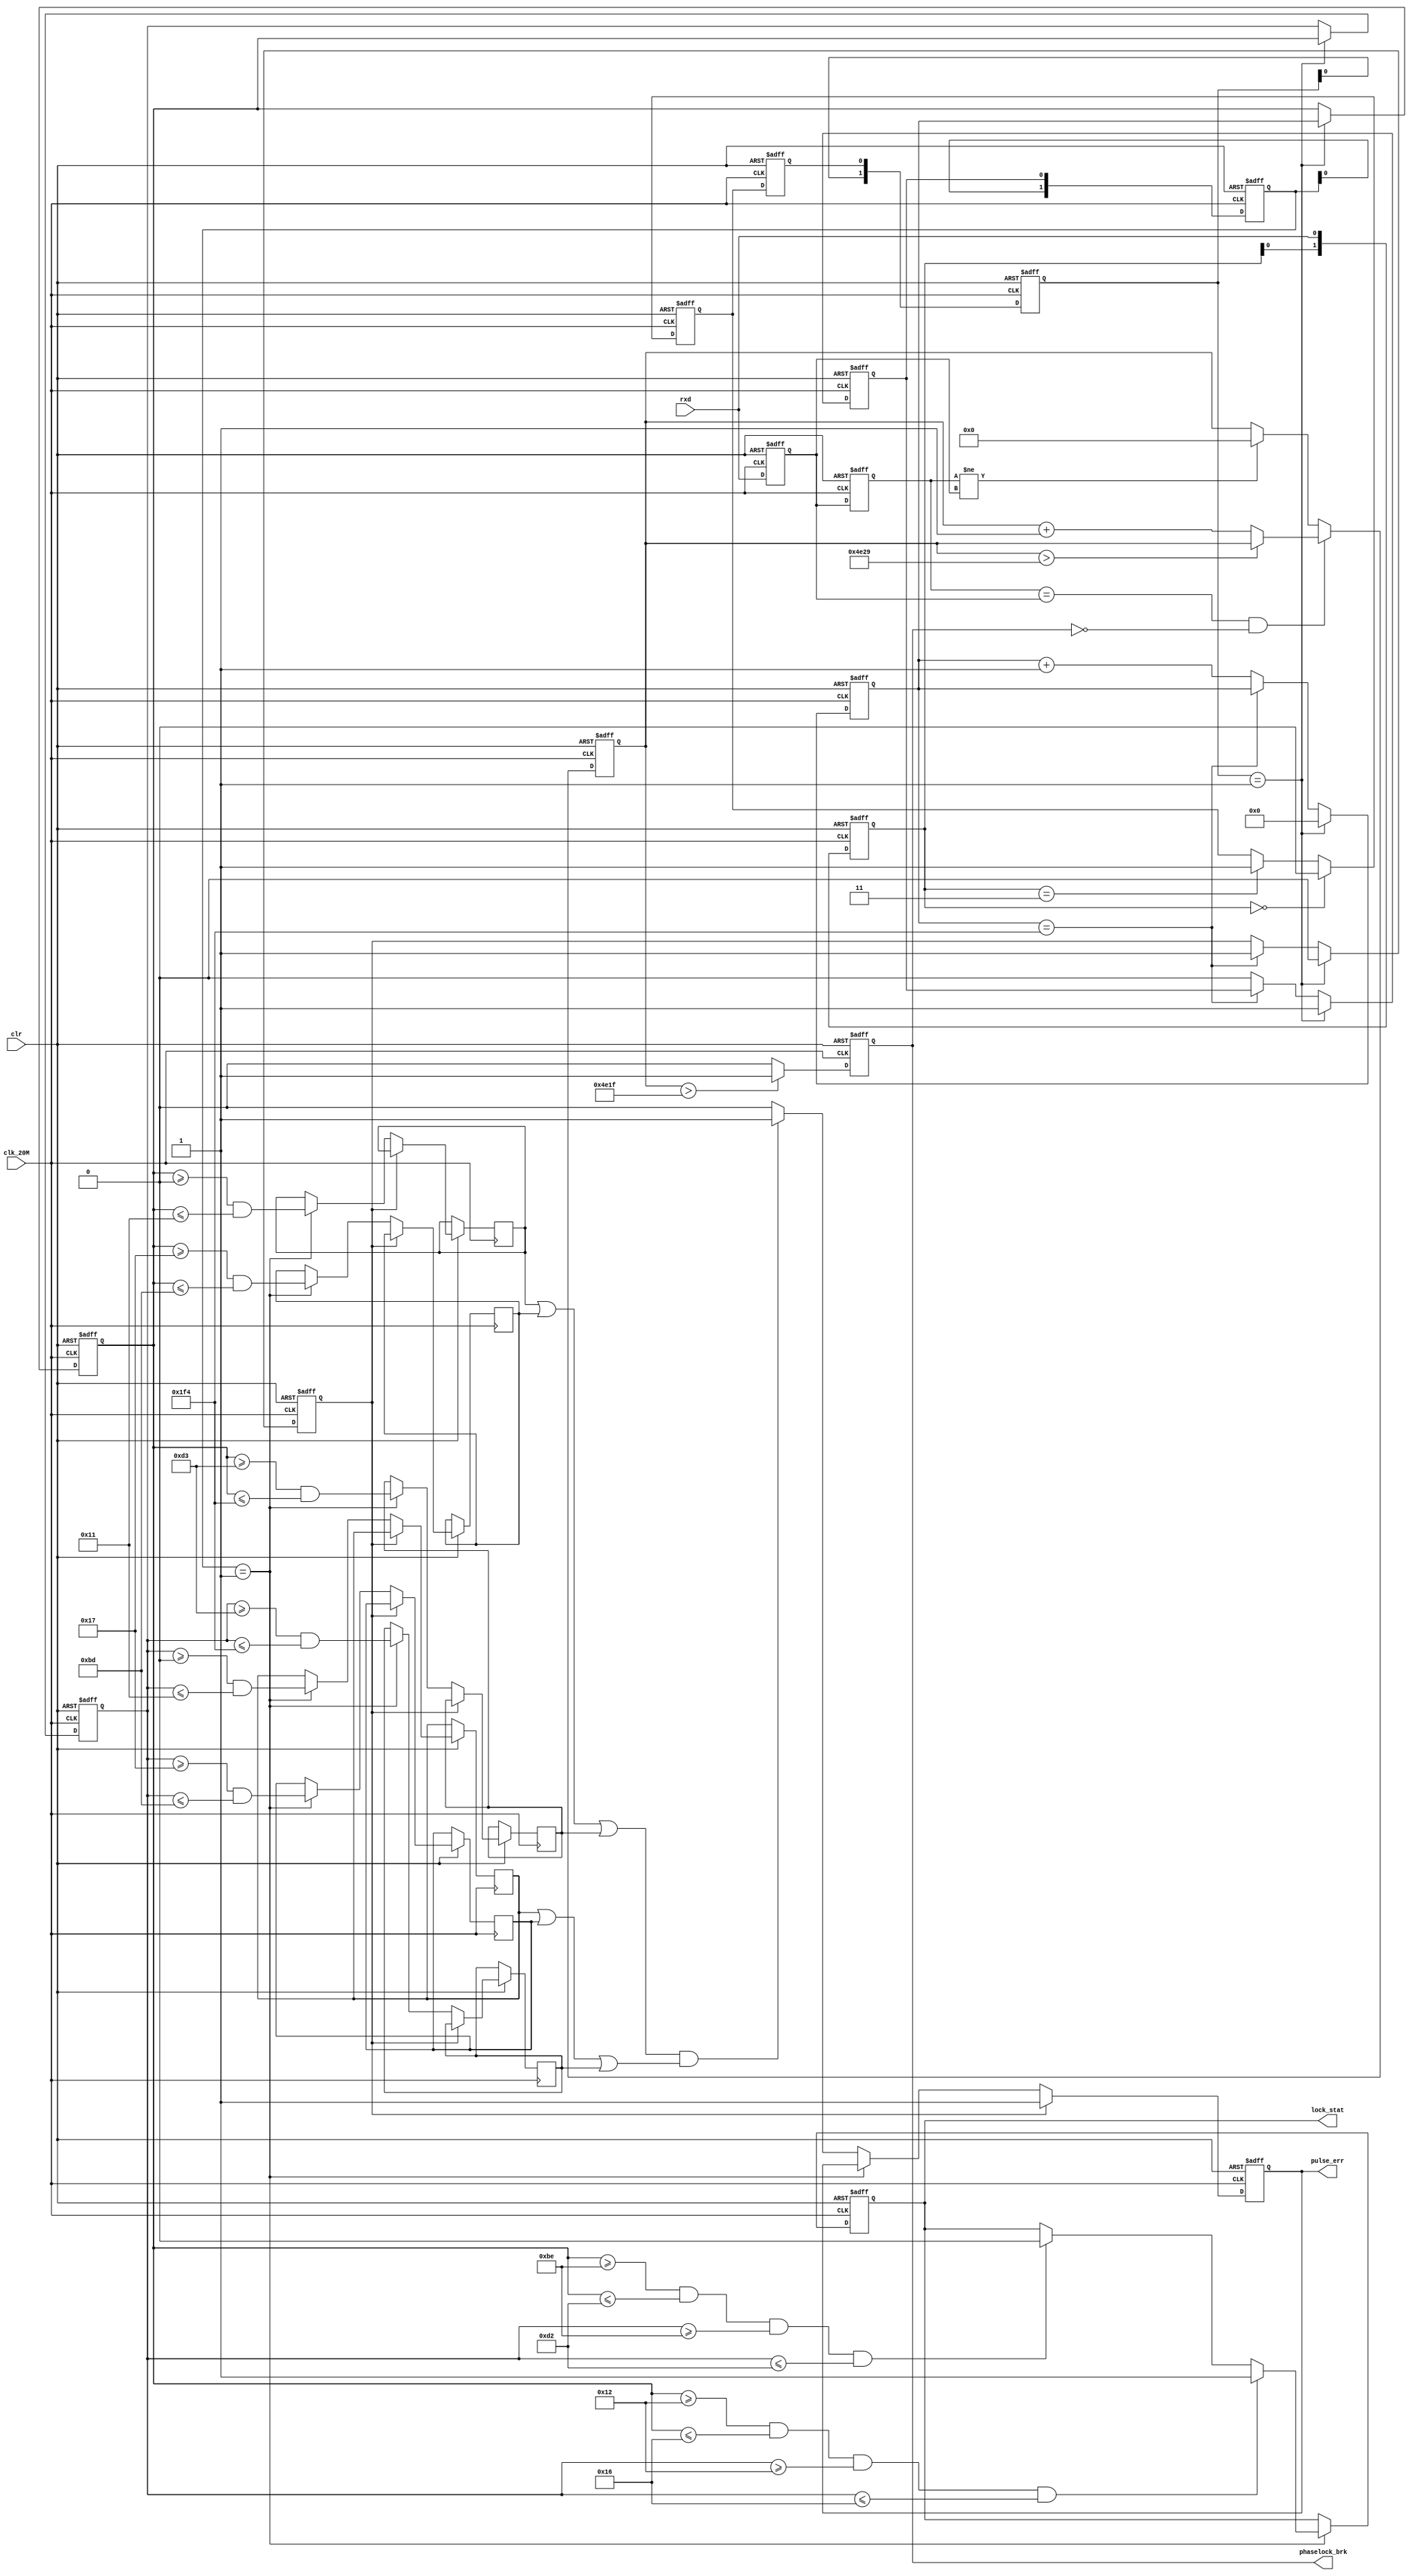
`timescale 1ns / 1ps
//////////////////////////////////////////////////////////////////////////////////
// Company: 
// Engineer: 
// 
// Design Name: 
// Module Name:    rxd_freq 
// Project Name: 
// Target Devices: 
// Tool versions: 
// Description: 
//
// Dependencies: 
//
// Revision: 
// Revision 0.01 - File Created
// Additional Comments: 
//
//////////////////////////////////////////////////////////////////////////////////
module rxd_freq(
					input clk_20M,
					input clr,
					input rxd,
					output reg lock_stat,//1M1
					output reg pulse_err,//1M100k
					output reg phaselock_brk//
);
//
parameter NUM_CNT_MAX = 9'd500;
parameter NUM_CNT_MIN = 9'd0;
//1Mclk_20M1m20clk_20M10%
parameter NUM_1M_L = 9'd18;
parameter NUM_1M_H = 9'd22;
//100Kclk_20M100K200clk_20M5%
parameter NUM_100K_L = 9'd190;
parameter NUM_100K_H = 9'd210;

parameter NUM_BRK = 19999;//1ms

reg [2:0]Samp_reg;
reg rxd_temp;
reg data_reg;

reg [1:0]rxd_reg;
reg [8:0]cnt1;//51120M
reg [8:0]cnt1_reg[1:0];//
reg sig_dec;//
reg sig_overflow;//

reg phaselock_reg;
reg phaselock_reg_reg;
reg [15:0] cnt3;
//*****************************************//
wire rxd_low = ( Samp_reg[1:0] == 2'b00 );
wire rxd_high = ( Samp_reg[1:0] == 2'b11 );

always @ ( negedge clr or posedge clk_20M )
begin
	if ( !clr ) begin
		rxd_temp <= 1'b1;
		Samp_reg <= 3'b111;
		data_reg <= 1'b1;
	end
	else begin
		Samp_reg <= { Samp_reg[1:0] , rxd };
		if ( rxd_low )
			rxd_temp <= 1'b0;
		else if ( rxd_high )
			rxd_temp <= 1'b1;
		else
			rxd_temp <= rxd_temp;
		data_reg <= rxd_temp;
	end
end
//*************************************//
always @ ( negedge clr or posedge clk_20M )
begin
	if ( !clr )
		rxd_reg <= 2'b00;
	else
		rxd_reg <= { rxd_reg[0] , data_reg };
end

always @ ( negedge clr or posedge clk_20M )
begin
	if ( !clr )begin
		cnt1 <= 9'b0;
		sig_dec <= 1'b0;
		sig_overflow <= 1'b0;
		cnt1_reg[0] <= 9'd0;
		cnt1_reg[1] <= 9'd0;
	end
	else if ( rxd_reg == 2'b01 )begin
		cnt1_reg[0] <= cnt1;
		cnt1_reg[1] <= cnt1_reg[0];
		cnt1 <= 9'd0;
		sig_dec <= 1'b1;
		sig_overflow <= 1'b0;
	end
	else if ( cnt1 == NUM_CNT_MAX )begin
		cnt1 <= cnt1;
		sig_overflow <= 1'b1;
	end
	else begin
		cnt1 <= cnt1 + 9'd1;
		sig_dec <= 1'b0;
		sig_overflow <= sig_overflow;
	end
end
//------------------------------------
reg [1:0]sig_dec_reg;//
reg sig_log1,sig_log2,sig_log3,sig_log4,sig_log5,sig_log6;//
always @ ( negedge clr or posedge clk_20M )
begin
	if ( !clr )begin
		lock_stat <= 1'b0;
		pulse_err <= 1'b0;
		sig_dec_reg <= 2'b0;
	end
	else begin
		sig_dec_reg <= {sig_dec_reg[0],sig_dec};
		
		if (sig_dec_reg == 2'b01)begin
			if ( ( cnt1_reg[0] >= NUM_1M_L ) && ( cnt1_reg[0] <= NUM_1M_H ) && ( cnt1_reg[1] >= NUM_1M_L ) && ( cnt1_reg[1] <= NUM_1M_H ) )
				lock_stat <= 1'b1;//
			else if ( ( cnt1_reg[0] >= NUM_100K_L ) && ( cnt1_reg[0] <= NUM_100K_H ) && ( cnt1_reg[1] >= NUM_100K_L ) && ( cnt1_reg[1] <= NUM_100K_H ) )
				lock_stat <= 1'b0;//
			else
				lock_stat <= lock_stat;
		end
		else
			lock_stat <= lock_stat;
			
		if (sig_overflow)begin
			pulse_err <= 1'b1;
		end
		else if (sig_dec_reg == 2'b01)begin
			sig_log1 <= (cnt1_reg[0] >= NUM_CNT_MIN)&&(cnt1_reg[0] <= (NUM_1M_L-9'd1));
			sig_log2 <= (cnt1_reg[0] >= (NUM_1M_H+9'd1))&&(cnt1_reg[0] <= (NUM_100K_L-9'd1));
			sig_log3 <= (cnt1_reg[0] >= (NUM_100K_H+9'd1))&&(cnt1_reg[0] <= (NUM_CNT_MAX));
			sig_log4 <= (cnt1_reg[1] >= NUM_CNT_MIN)&&(cnt1_reg[1] <= (NUM_1M_L-9'd1));
			sig_log5 <= (cnt1_reg[1] >= (NUM_1M_H+9'd1))&&(cnt1_reg[1] <= (NUM_100K_L-9'd1));
			sig_log6 <= (cnt1_reg[1] >= (NUM_100K_H+9'd1))&&(cnt1_reg[1] <= (NUM_CNT_MAX));
		end
		else begin
			if ((sig_log1|sig_log2|sig_log3) & (sig_log4|sig_log5|sig_log6))
				pulse_err <= 1'b1;
			else
				pulse_err <= 1'b0;
		end
	end
end
//----------------------------------
//------------------------------------
always @ (posedge clk_20M or negedge clr)
begin
	if(!clr) begin
		phaselock_reg <= 1'b0;
		phaselock_reg_reg	<= 1'b0;
	end
	else begin
		phaselock_reg <= rxd;//
		phaselock_reg_reg	<= phaselock_reg;
	end
end
//---------------------------------------
always @ (posedge clk_20M or negedge clr)
begin
	if(!clr) cnt3 <= 16'h0;
	else if((phaselock_reg_reg == phaselock_reg) && (phaselock_brk == 1'b0)) begin
		if (cnt3>(NUM_BRK+10)) cnt3 <= cnt3;
		else cnt3 <= cnt3 + 16'h1;
	end
	else if(phaselock_reg_reg != phaselock_reg) cnt3 <= 16'h0;
	else cnt3 <= cnt3;
end
//----------------------------------------------
always @ (posedge clk_20M or negedge clr)
begin
	if(!clr) phaselock_brk <= 1'b0;
	else if(cnt3>NUM_BRK) phaselock_brk <= 1'b1;
	else phaselock_brk <= 1'b0;
end
endmodule